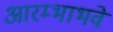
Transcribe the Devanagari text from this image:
आरम्भाभवे